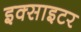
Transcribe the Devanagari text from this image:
इक्साइटर